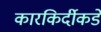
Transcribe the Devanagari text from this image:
कारकिर्दीकडे